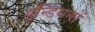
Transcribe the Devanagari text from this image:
इन्डियनों